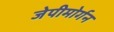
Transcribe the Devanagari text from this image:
जेपीमोर्गन